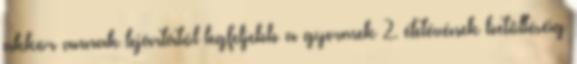
akkor annak lejártától legfeljebb a gyermek 2. életévének betöltéséig